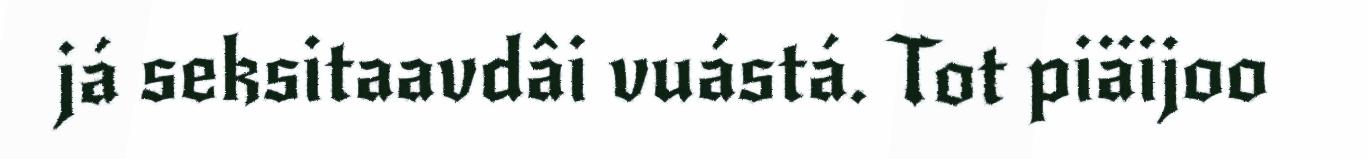
já seksitaavdâi vuástá. Tot piäijoo